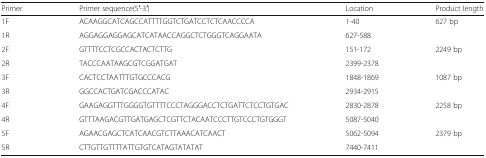
<table><thead><tr><td><b>Primer</b></td><td><b>Primer sequence(5′-3′)</b></td><td><b>Location</b></td><td><b>Product length</b></td></tr></thead><tbody><tr><td>1F</td><td>ACAAGGCATCAGCCATTTTGGTCTGATCCTCTCAACCCCA</td><td>1-40</td><td rowspan="2">627 bp</td></tr><tr><td>1R</td><td>AGGAGGAGGAGCATCATAACCAGGCTCTGGGTCAGGAATA</td><td>627-588</td></tr><tr><td>2F</td><td>GTTTTCCTCGCCACTACTCTTG</td><td>151-172</td><td rowspan="2">2249 bp</td></tr><tr><td>2R</td><td>TACCCAATAAGCGTCGGATGAT</td><td>2399-2378</td></tr><tr><td>3F</td><td>CACTCCTAATTTGTGCCCACG</td><td>1848-1869</td><td rowspan="2">1087 bp</td></tr><tr><td>3R</td><td>GGCCACTGATCGACCCATAC</td><td>2934-2915</td></tr><tr><td>4F</td><td>GAAGAGGTTTGGGGTGTTTTCCCTAGGGACCTCTGATTCTCCTGTGAC</td><td>2830-2878</td><td rowspan="2">2258 bp</td></tr><tr><td>4R</td><td>GTTTAAGACGTTGATGAGCTCGTTCTACAATCCCTTGTCCCTGTGGGT</td><td>5087-5040</td></tr><tr><td>5F</td><td>AGAACGAGCTCATCAACGTCTTAAACATCAACT</td><td>5062-5094</td><td rowspan="2">2379 bp</td></tr><tr><td>5R</td><td>CTTGTTGTTTTATTGTGTCATAGTATATAT</td><td>7440-7411</td></tr></tbody></table>